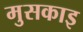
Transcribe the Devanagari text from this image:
मुसकाइ